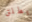
يطلق